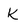
Character: K